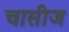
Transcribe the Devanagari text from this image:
चासीज